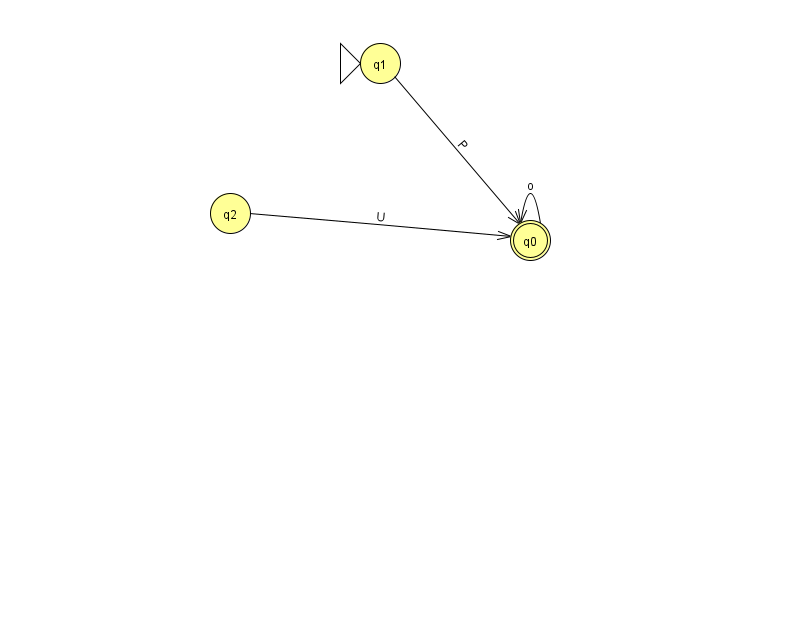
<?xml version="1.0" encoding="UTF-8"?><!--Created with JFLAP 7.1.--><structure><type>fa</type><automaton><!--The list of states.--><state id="0" name="q0"><x>530.0</x><y>227.0</y><final/></state><state id="1" name="q1"><x>380.0</x><y>50.0</y><initial/></state><state id="2" name="q2"><x>230.0</x><y>200.0</y></state><!--The list of transitions.--><transition><from>2</from><to>0</to><read>U</read></transition><transition><from>1</from><to>0</to><read>P</read></transition><transition><from>0</from><to>0</to><read>o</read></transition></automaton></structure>